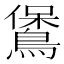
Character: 𪃁